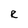
Character: R